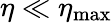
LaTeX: \eta\ll\eta_{\mathrm{max}}